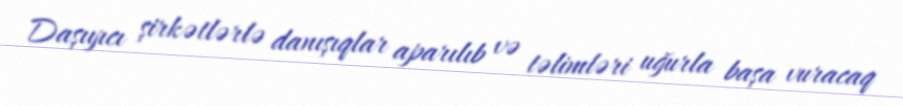
Daşıyıcı şirkətlərlə danışıqlar aparılıb və təlimləri uğurla başa vuracaq